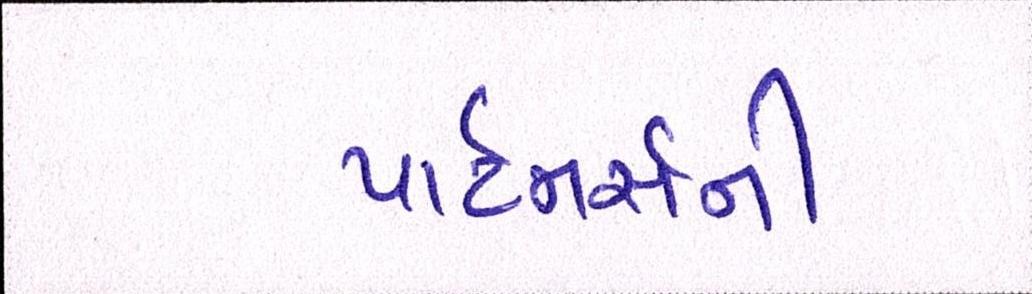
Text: પાર્ટનર્સની